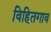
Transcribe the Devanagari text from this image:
विहितगाव